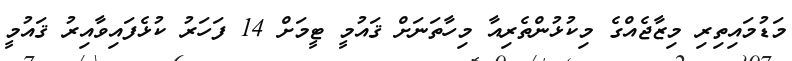
މަޑުމައިތިރި މިޒާޖެއްގެ މިކުޅުންތެރިއާ މިހާތަނަށް ޤައުމީ ޓީމަށް 14 ފަހަރު ކުޅެފައިވާއިރު ޤައުމީ